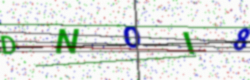
Text: DNOI8